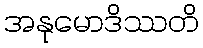
အနုမောဒိဿတိ